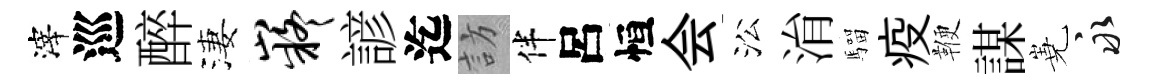
滓巡醉淒嶷諺迄訪伴呂恒会㳂㳙騮疫鞭謀嶤永